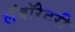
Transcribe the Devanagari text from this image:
लॅबॉरेटरी